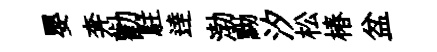
嬰奔勸駐逹渤黝汐松椿盆